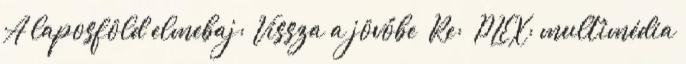
A laposföld elmebaj: Vissza a jövőbe Re: PLEX: multimédia